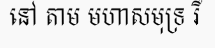
នៅ តាម មហាសមុទ្រ រឺ